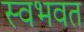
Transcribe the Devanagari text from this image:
स्वभवत